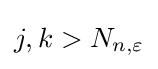
j,k>N_{n,\varepsilon }